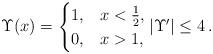
LaTeX: \begin{align*} \Upsilon(x) = \begin{cases} 1, & x<\frac{1}{2}, \\ 0, & x>1, \end{cases} |\Upsilon^\prime|\leq 4 \,.\end{align*}